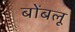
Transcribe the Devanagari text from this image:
बोंबलू